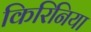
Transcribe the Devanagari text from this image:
किरिनिया